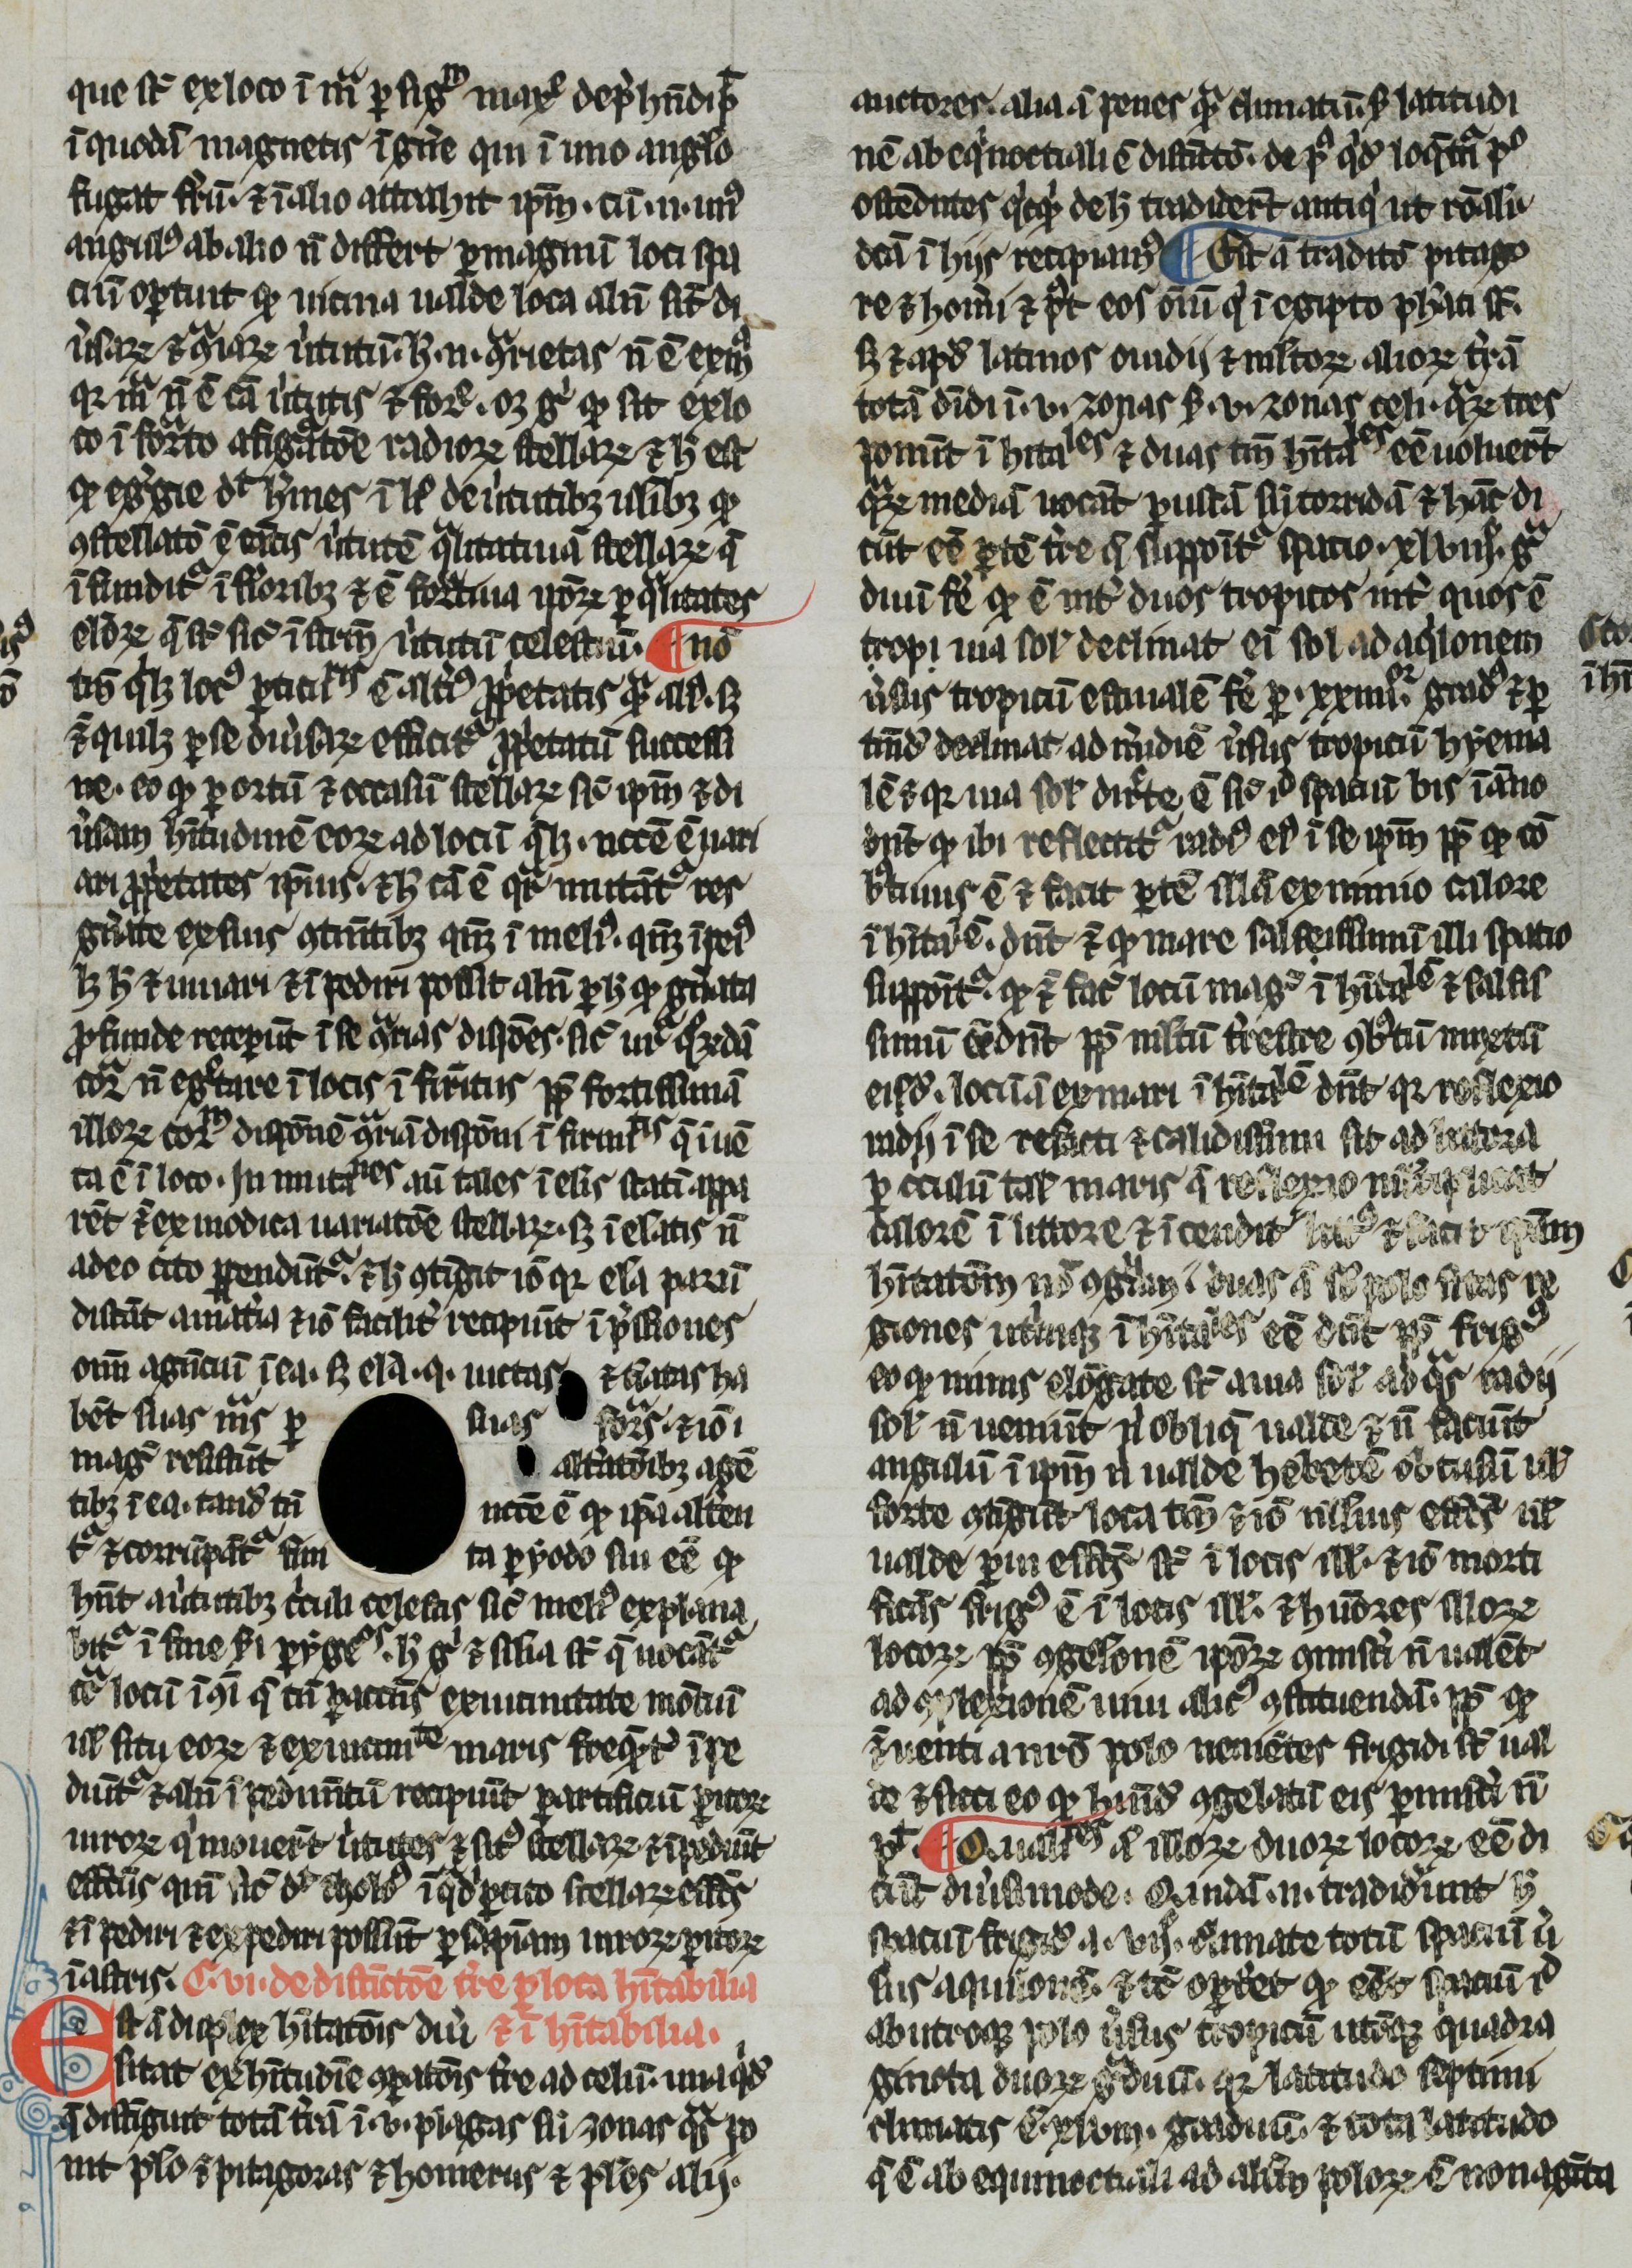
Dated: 1266–1299